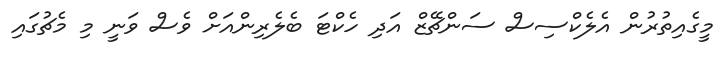
މީގެއިތުރުން އެލެކްސިސް ސަންޗޭޒް އަދި ހެކްޓަ ބެލެރިންއަށް ވެސް ވަނީ މި މެޗުގައި